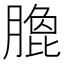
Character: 𭩄